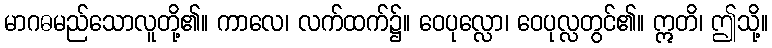
မာဂဓမည်သောလူတို့၏။ ကာလေ၊ လက်ထက်၌။ ဝေပုလ္လော၊ ဝေပုလ္လတွင်၏။ ဣတိ၊ ဤသို့။